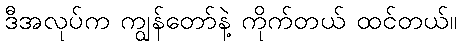
ဒီအလုပ်က ကျွန်တော်နဲ့ ကိုက်တယ် ထင်တယ်။